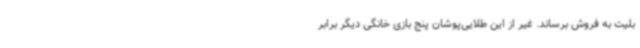
بلیت به فروش برساند. غیر از این طلایی‌پوشان پنج بازی خانگی دیگر برابر